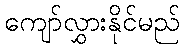
ကျော်လွှားနိုင်မည်